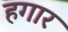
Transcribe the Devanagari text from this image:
हगार